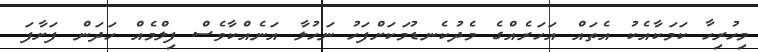
މިހުރިހާ ކަމަކާއެކު އެތައް އަހަރެއްގެ މެދުކެނޑުމަކަށްފަހު ނަހުލާ އަނެއްކާވެސް ފިލްމެއް ހަދަން ފަށާފަ